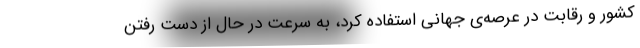
کشور و رقابت در عرصه‌ی جهانی استفاده کرد، به سرعت در حال از دست رفتن